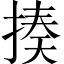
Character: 揍